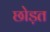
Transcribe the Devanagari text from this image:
छोड़त